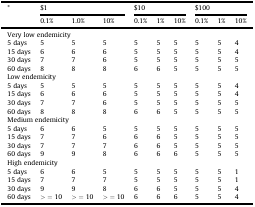
| <ROWSPAN=2> * | <COLSPAN=3> $1 | <COLSPAN=3> $10 | <COLSPAN=3> $100 |
 | 0.1% | 1.0% | 10% | 0.1% | 1% | 10% | 0.1% | 1% | 10% |
 | --- | --- | --- | --- | --- | --- | --- | --- | --- | --- |
 | <COLSPAN=10> Very low endemicity |
 | 5 days | 5 | 5 | 5 | 5 | 5 | 5 | 5 | 5 | 4 |
 | 15 days | 6 | 6 | 6 | 5 | 5 | 5 | 5 | 5 | 4 |
 | 30 days | 7 | 7 | 6 | 5 | 5 | 5 | 5 | 5 | 5 |
 | 60 days | 8 | 8 | 8 | 6 | 6 | 5 | 5 | 5 | 5 |
 | <COLSPAN=10> Low endemicity |
 | 5 days | 5 | 5 | 5 | 5 | 5 | 5 | 5 | 5 | 4 |
 | 15 days | 6 | 6 | 6 | 5 | 5 | 5 | 5 | 5 | 4 |
 | 30 days | 7 | 7 | 6 | 5 | 5 | 5 | 5 | 5 | 5 |
 | 60 days | 8 | 8 | 8 | 6 | 6 | 5 | 5 | 5 | 5 |
 | <COLSPAN=10> Medium endemicity |
 | 5 days | 6 | 6 | 5 | 5 | 5 | 5 | 5 | 5 | 5 |
 | 15 days | 7 | 7 | 6 | 6 | 6 | 5 | 5 | 5 | 5 |
 | 30 days | 7 | 7 | 7 | 6 | 6 | 5 | 5 | 5 | 5 |
 | 60 days | 9 | 9 | 8 | 6 | 6 | 6 | 5 | 5 | 5 |
 | <COLSPAN=10> High endemicity |
 | 5 days | 6 | 6 | 5 | 5 | 5 | 5 | 5 | 5 | 1 |
 | 15 days | 7 | 7 | 7 | 5 | 5 | 5 | 5 | 5 | 1 |
 | 30 days | 9 | 9 | 8 | 6 | 6 | 5 | 5 | 5 | 4 |
 | 60 days | > = 10 | > = 10 | > = 10 | 6 | 6 | 6 | 5 | 5 | 4 |